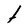
Character: t